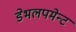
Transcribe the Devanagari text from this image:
डेभलपमेन्ट